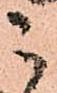
こ